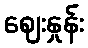
ဈေးနှုန်း